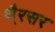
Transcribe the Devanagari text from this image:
थै्रसर